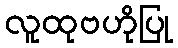
လူထုဗဟိုပြု